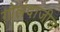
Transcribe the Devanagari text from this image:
गोलंदाजीस